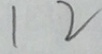
1 2